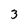
Character: 3